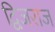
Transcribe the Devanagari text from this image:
द्विजराज